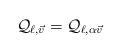
LaTeX: \begin{align*}\mathcal{Q}_{\ell,\vec{v}} = \mathcal{Q}_{\ell,\alpha \vec{v}}\end{align*}